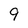
Character: 9